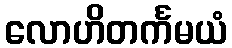
လောဟိတင်္ကမယံ